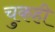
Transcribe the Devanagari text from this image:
चुकही